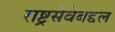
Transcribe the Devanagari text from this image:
राष्ट्रसेवेबद्दल